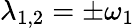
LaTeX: \lambda_{1,2}=\pm\omega_{1}